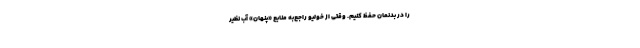
را در بدنمان حفظ کنیم. وقتی از خولیو راجع‌به منابع «پنهان» آب نظیر